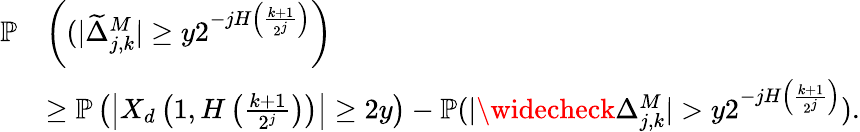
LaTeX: \begin{array}{rl}{\mathbb{P}}&{\left((|\widetilde{\Delta}_{j,k}^{M}|\geq y2^{-jH\left(\frac{k+1}{2^{j}}\right)}\right)}\\ &{\geq\mathbb{P}\left(\left|X_{d}\left(1,H\left(\frac{k+1}{2^{j}}\right)\right)\right|\geq 2y\right)-\mathbb{P}(|\widecheck{\Delta}_{j,k}^{M}|>y2^{-jH\left(\frac{k+1}{2^{j}}\right)}).}\end{array}